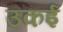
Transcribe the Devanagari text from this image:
उकई